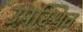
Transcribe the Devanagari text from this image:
उपस्थित